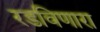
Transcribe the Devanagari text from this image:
रडविणारा